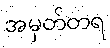
အမှတ်တရ